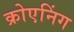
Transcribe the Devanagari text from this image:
क्रोएनिंग